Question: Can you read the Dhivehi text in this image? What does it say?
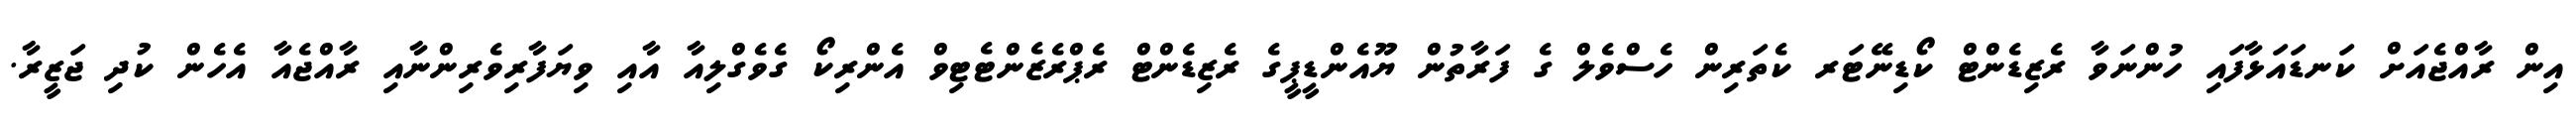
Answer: އިން ރާއްޖެއަށް ކަނޑައަޅާފައި ހުންނަވާ ރެޒިޑެންޓް ކޯޑިނޭޓަރ ކެތަރިން ހެސްވެލް ގެ ފަރާތުން ޔޫއެންޑީޕީގެ ރެޒިޑެންޓް ރެޕްރެޒެންޓެޓިވް އެންރިކޯ ގެވެގްލިއާ އާއި ވިޔަފާރިވެރިންނާއި ރާއްޖެއާ އެހެން ކުދި ޖަޒީރާ.